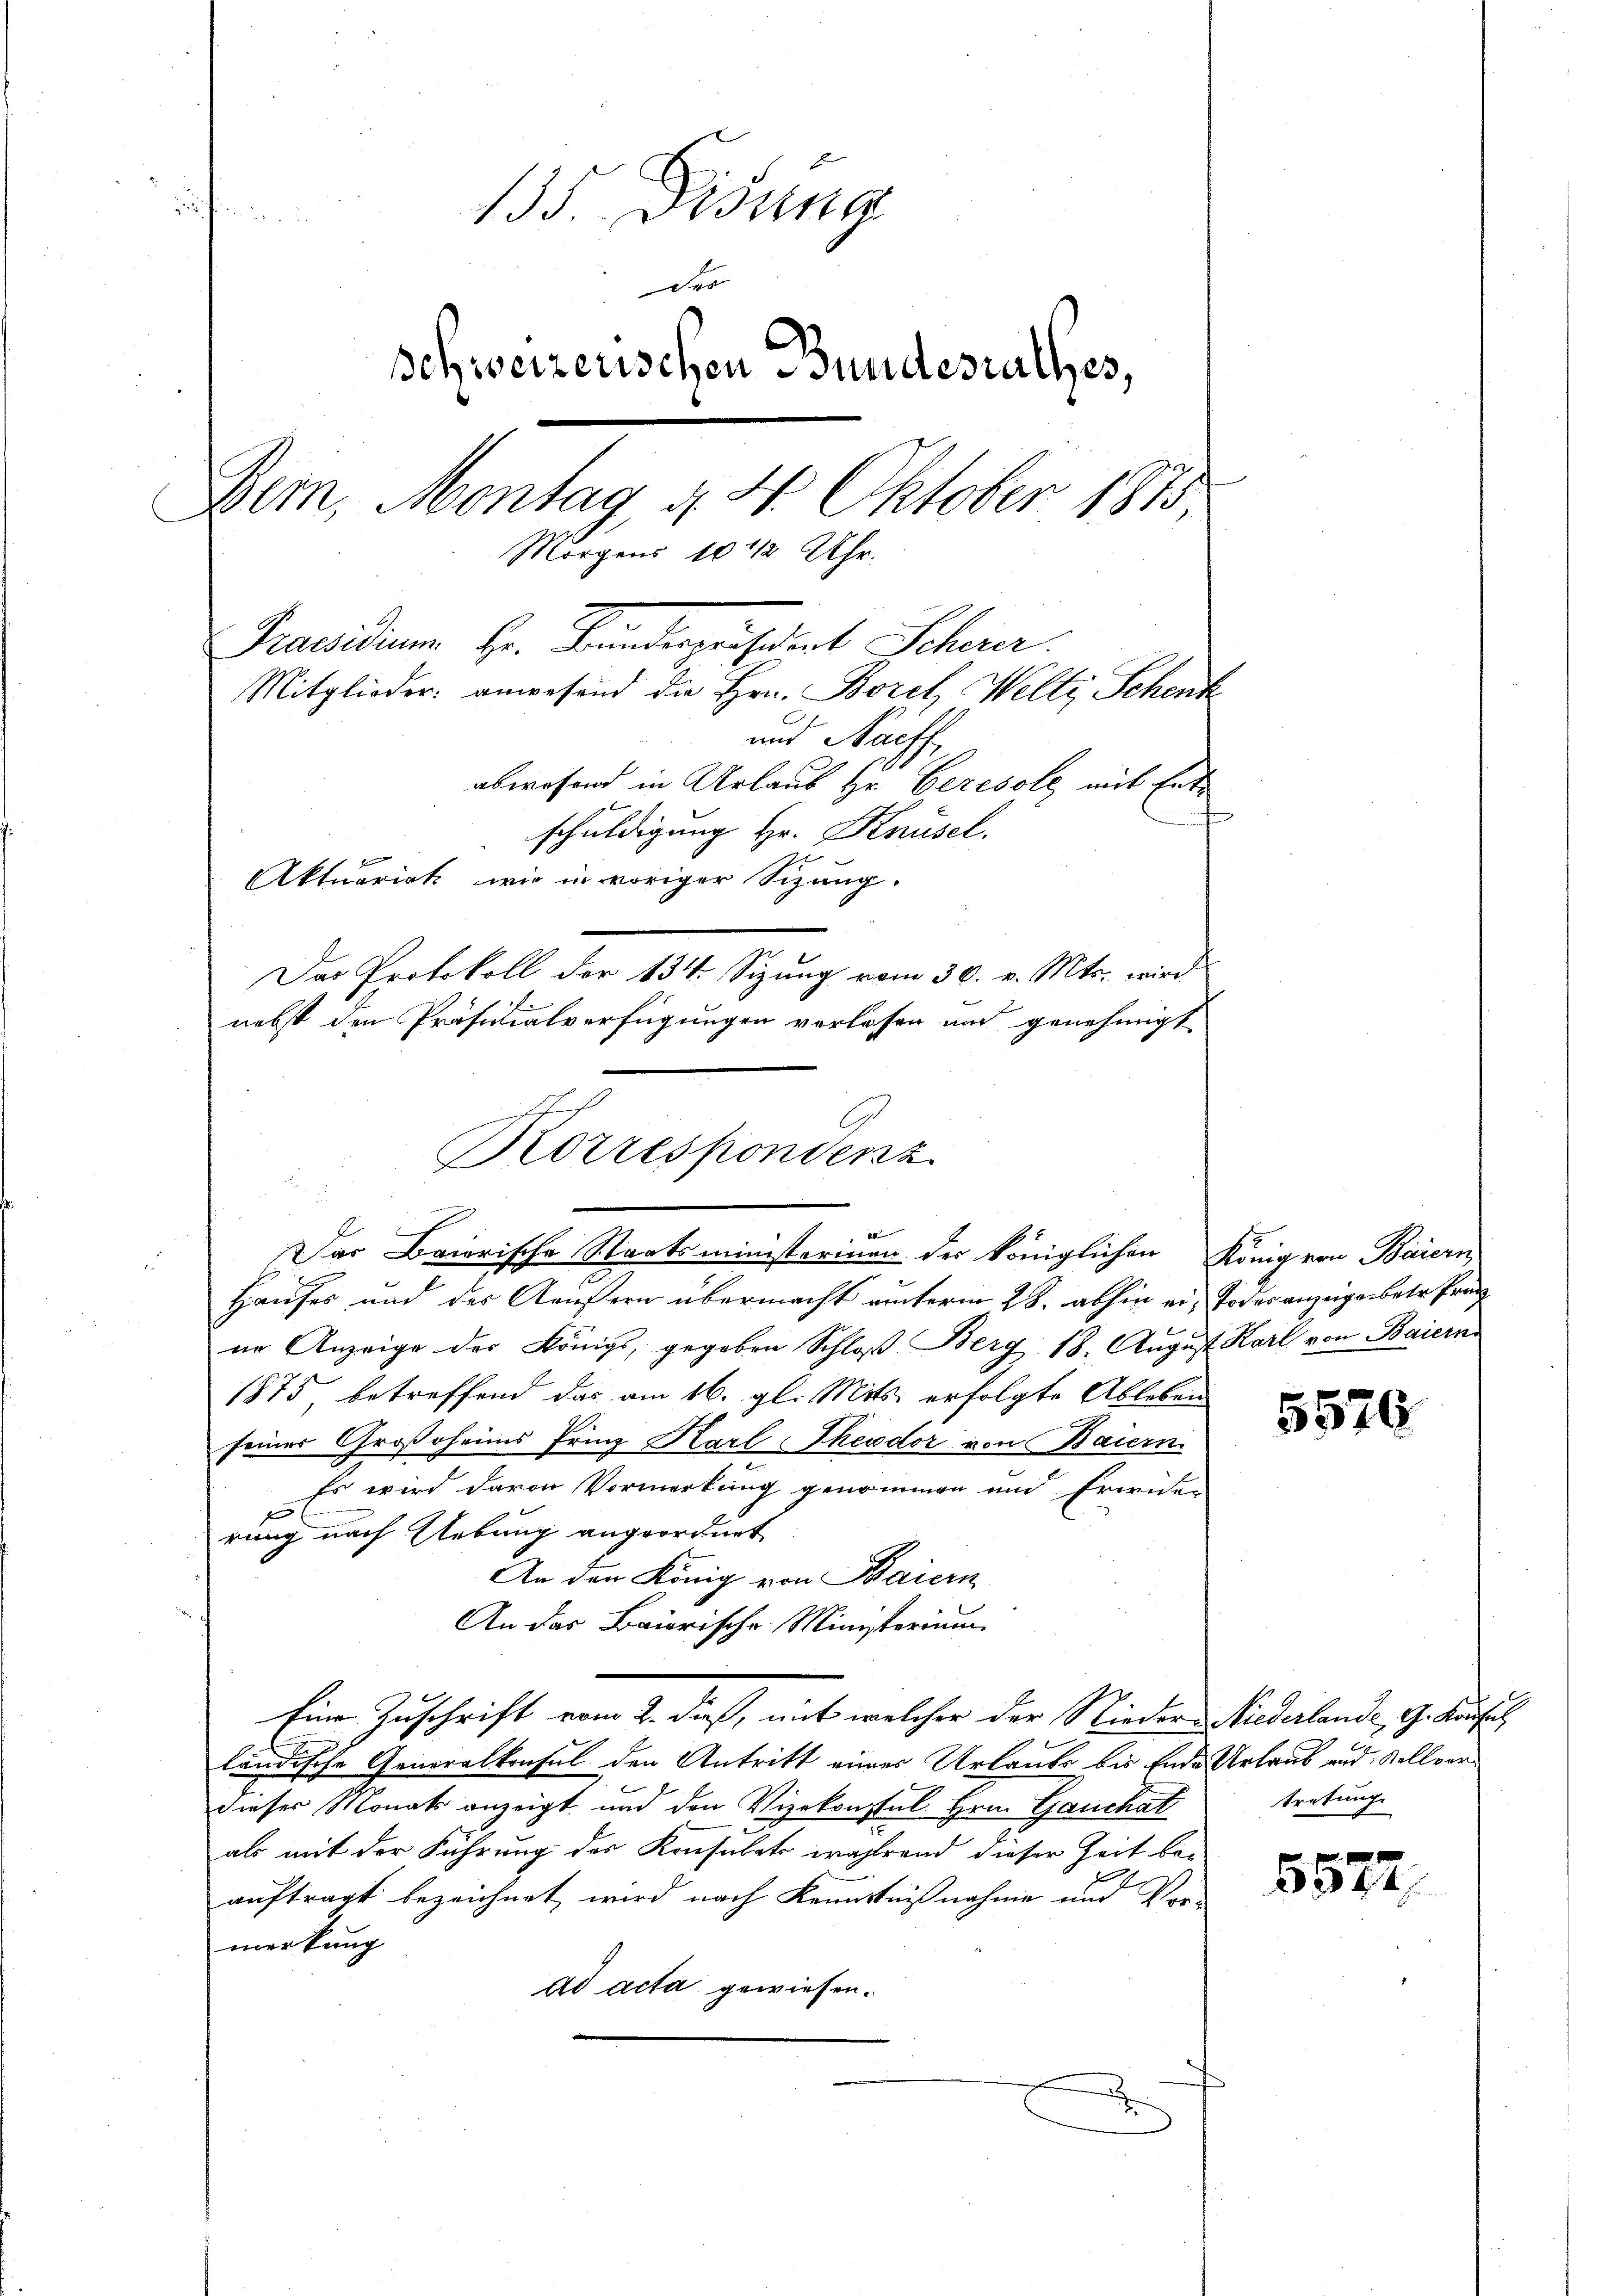
f
135. Didung
Der
schweizerischen Bundesrathes,
Dem, Montag, d. 4. Oktober 1873,
Morgens 10 1/2 Uhr.
Praesidium Hr. Bunderensdat Scherer
Mitglieder: anwesend die Hrn. Borel Welti, Schenk
und Nachf
abwesend in Urlaub Hr. Ceresole mit Entschuldigung Hr. Knüsel.
Aktuariat wie in voriger Sitzung.
Das Protokoll der 134 Sizung vom 30. v. Mts. wird
nebst den Präsidialverfügungen verlassen und genehmigt

Korrespondenz
Das Baierische Staatsministerinen der königlichen König von Baiern,

Hauses und des Aeußern übermacht unterm 28. abhin er, Todes anzeigen betr. Pran
ne Anzeige des Königs, gegeben Schloß Berg 18. August Karl von Baiern
1875, betreffend das am 16. gl. Mits. erfolgte Ableben
seiner Großoheins Prinz Karl Theodor von Bauern
Es wird davon Vormerkung genommen und Freien
x
rung nach Uebung angeordnet
An den König von Baiern
An das Baierische Ministerium
Eine Zuschrift vom 2. dieß, mit welcher der Nieder Niederlande, G. Konsul
ländische Generalkonsul den Antritt eines Urlaube bis Ende Urlaub und Kollvordieser Monats anzeigt und den Vizekonstal Hrn. Gauchat
als mit der Führung der Konsulats während dieser Zeit be-
auftragt bezeichnet, wird nach Kenntnißnahme und Ver-
merkung
ad acta gewiesen.

5576.

tretung

344